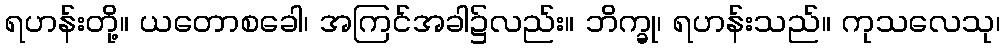
ရဟန်းတို့။ ယတောစခေါ၊ အကြင်အခါ၌လည်း။ ဘိက္ခု၊ ရဟန်းသည်။ ကုသလေသု၊